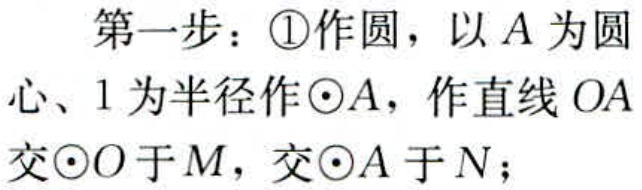
第一步：\textcircled{1}作圆，以\(A\)为圆心、\(1\)为半径作\(\odot A\)，作直线\(OA\)交\(\odot O\)于\(M\)，交\(\odot A\)于\(N\)；